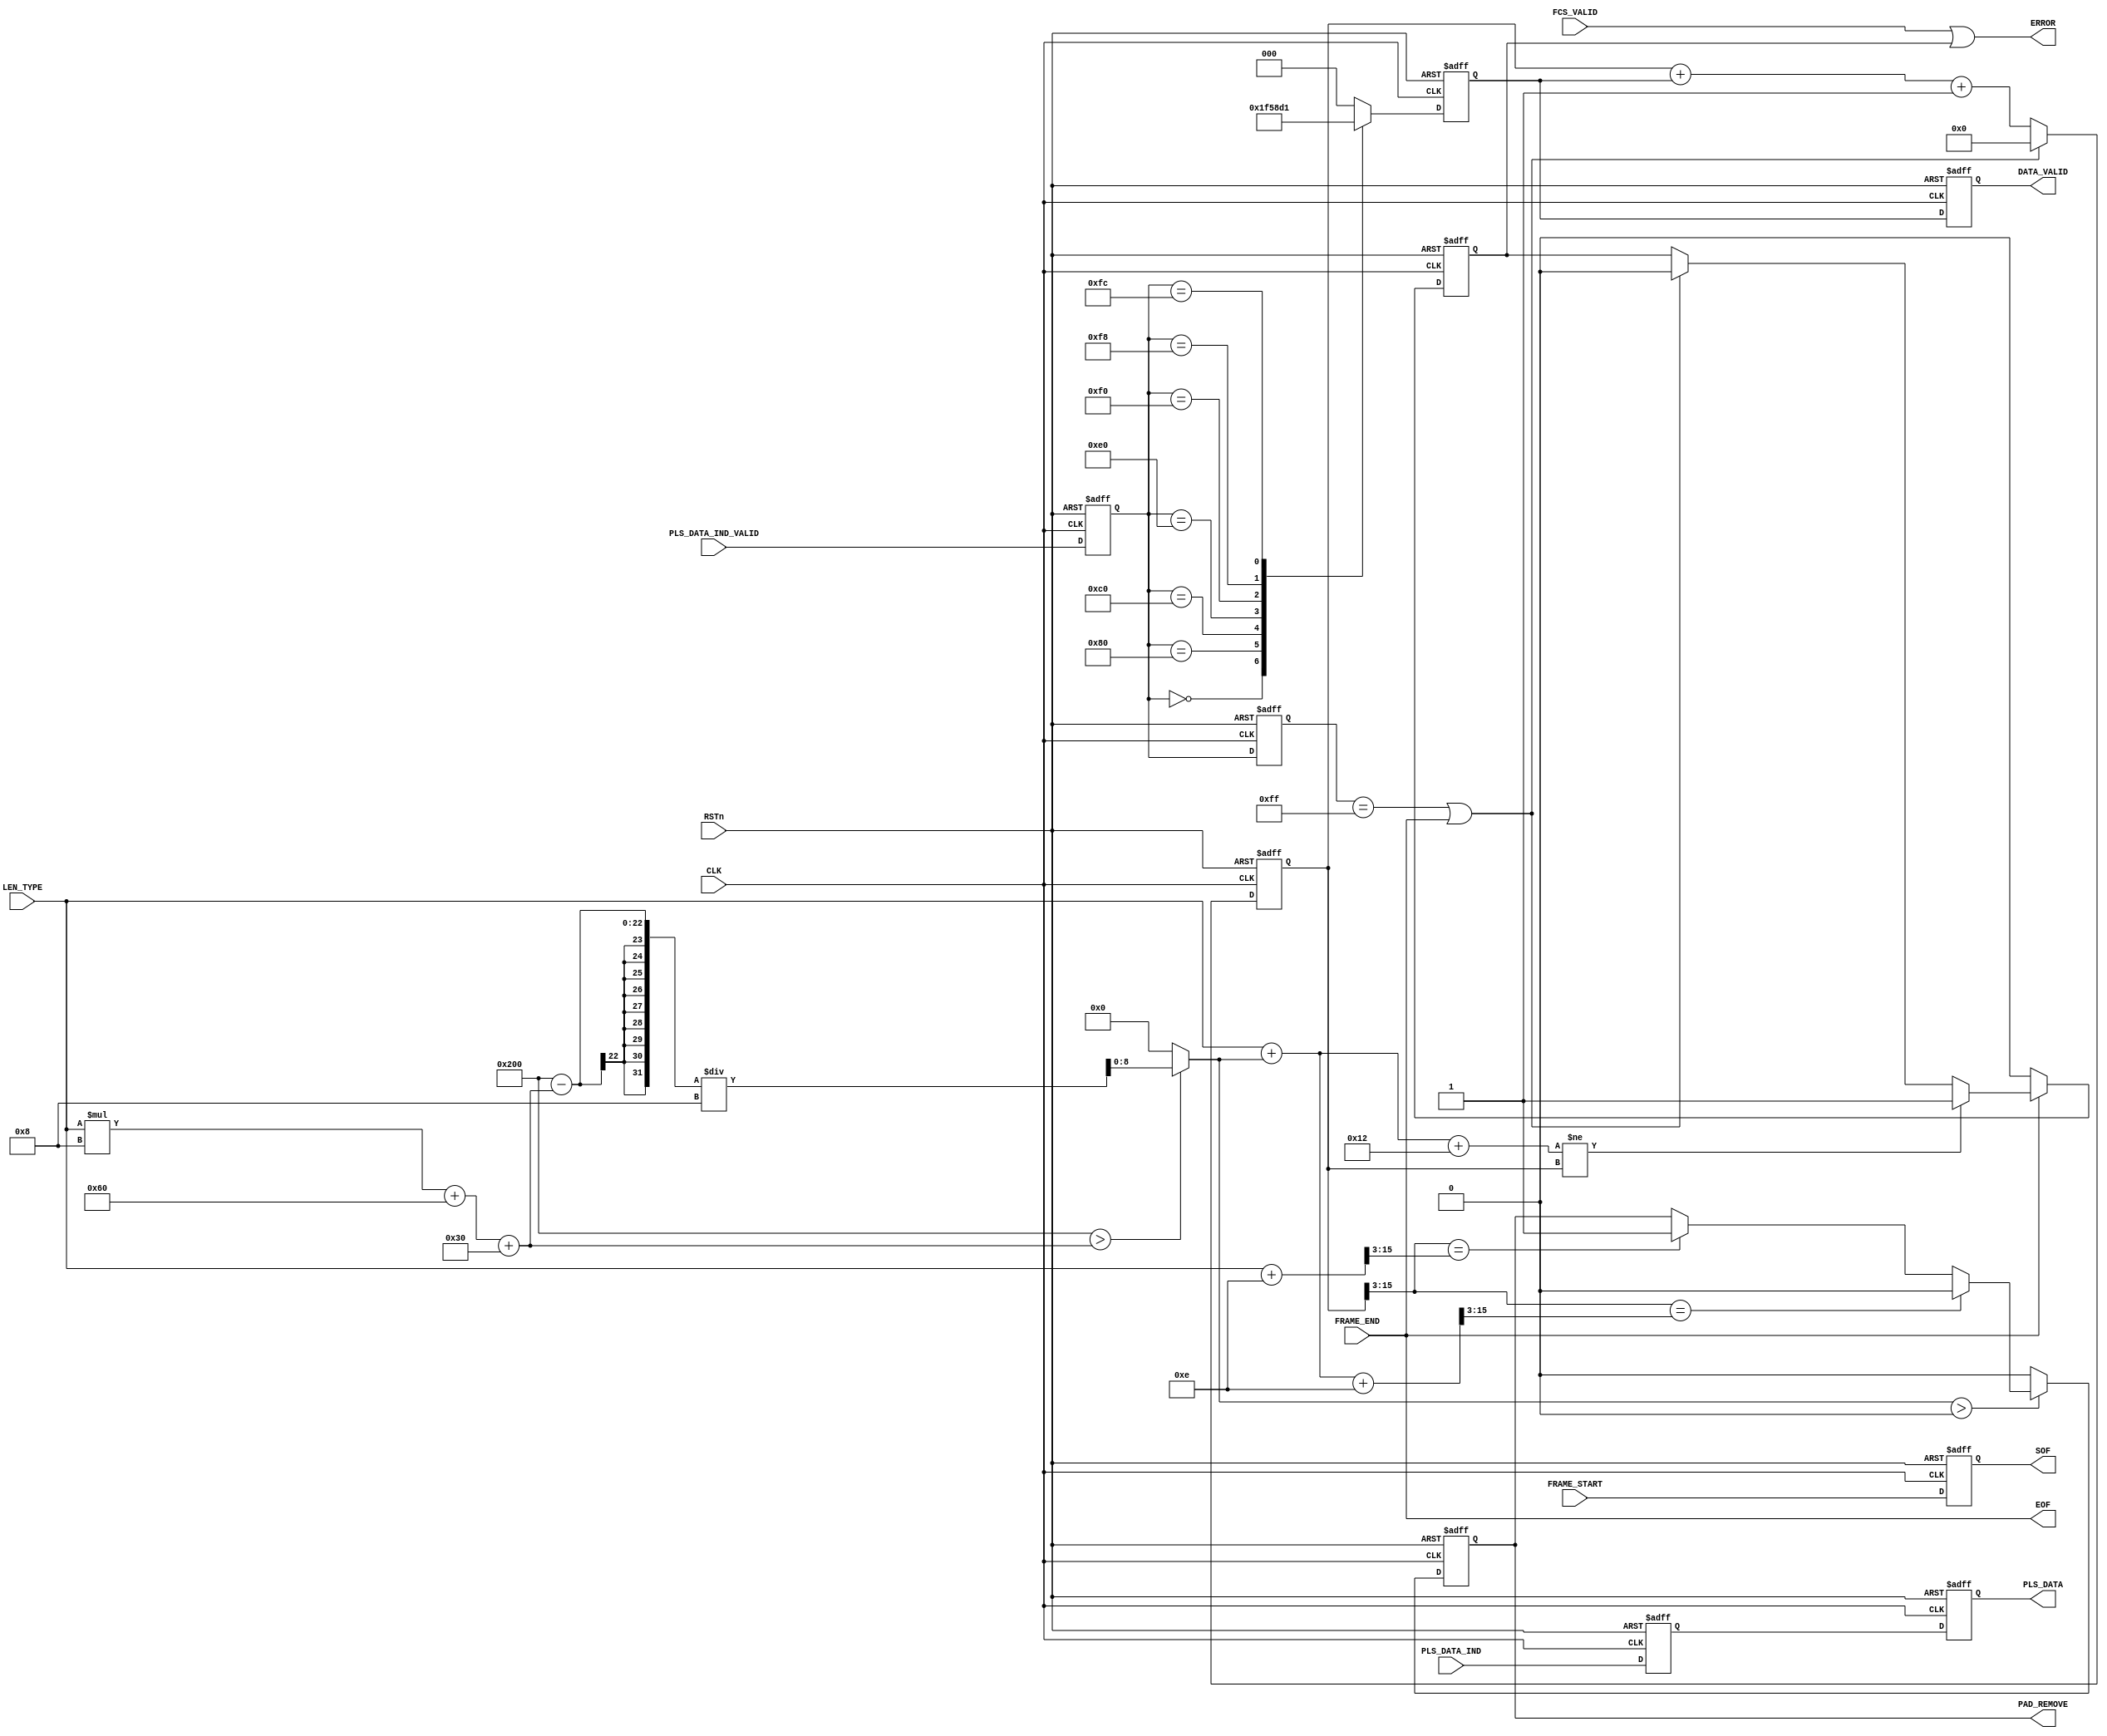
`timescale 1ns / 1ps
//////////////////////////////////////////////////////////////////////////////////
// Company: University of Moratuwa
// 
// Design Name: MAC
// Module Name: rxFrameState
// Project Name: 40G Ethernet
// Target Devices: VC709
// Tool Versions: 2016.4
// Description: 
// 
// Dependencies: 
// 
// Revision:
// Revision 0.01 - File Created
// Additional Comments:
// 
//////////////////////////////////////////////////////////////////////////////////


module rxFrameState #(
    parameter MIN_FRAME_SIZE = 512,
    parameter ADDRESS_SIZE = 48)(
    input CLK,
    input RSTn,
    input [15:0] LEN_TYPE,
    input [63:0] PLS_DATA_IND,
    input [7:0] PLS_DATA_IND_VALID,
    input FCS_VALID,
    input FRAME_START,
    input FRAME_END,
    output [63:0] PLS_DATA,
    output ERROR,
    output [2:0] DATA_VALID,
    output SOF,
    output EOF,
    output PAD_REMOVE
    );
    
    reg [2:0]data_valid;
    reg [15:0]byte_count;
    wire [8:0]pad_size;
    reg len_typ_error;
    reg sof;
    reg eof;
    reg pad_remove;
    reg [63:0]pls_data_pipe_01;
    reg [63:0]pls_data_pipe_02;
    reg [2:0]data_valid_encode;
    reg [7:0]pls_data_ind_valid_pipe_01;
    reg [7:0]pls_data_ind_valid_pipe_02;
    
    //****
    wire [15:0] frame_size;
    wire [15:0] pad_start_size;
    wire [15:0] pad_end_size;
    //****
    
    initial
    begin
        data_valid <= 3'd7;
        byte_count <= 16'd0;
//        pad_size <= 9'd0;
        len_typ_error <= 0;
        sof <= 0;
        eof <= 0;
        pad_remove <= 0;
        pls_data_pipe_01 <= 64'hbe61_9000_be61_9000;
        pls_data_pipe_02 <= 64'hbe61_9000_be61_9000;
        pls_data_ind_valid_pipe_01 <= 8'hff;
        pls_data_ind_valid_pipe_02 <= 8'hff;
    end
    
    assign DATA_VALID = data_valid;
    assign ERROR = FCS_VALID | len_typ_error;
    assign SOF = sof;
    assign EOF = FRAME_END;
    assign PAD_REMOVE = pad_remove;
    assign PLS_DATA = pls_data_pipe_02;
    assign pad_size =  (MIN_FRAME_SIZE > (LEN_TYPE*8 + 2*ADDRESS_SIZE + 48))?(MIN_FRAME_SIZE - (LEN_TYPE*8 + 2*ADDRESS_SIZE + 48))/8:0;
    assign frame_size = LEN_TYPE + pad_size + 18;
    assign pad_start_size = LEN_TYPE + 14;
    assign pad_end_size = LEN_TYPE + pad_size + 14;
    
    always@(posedge CLK, negedge RSTn)
    begin
        if(~RSTn)
        begin
            data_valid <= 3'd0;
            data_valid_encode <= 3'd0;
            byte_count <= 16'd0;
//            pad_size <= 9'd0;
            len_typ_error <= 0;
            sof <= 0;
            eof <= 0;
            pad_remove <= 0;
            pls_data_pipe_01 <= 64'hbe61_9000_be61_9000;
            pls_data_pipe_02 <= 64'hbe61_9000_be61_9000;
            pls_data_ind_valid_pipe_01 <= 8'hff;
            pls_data_ind_valid_pipe_02 <= 8'hff;
        end
        
        else
        begin
            
            case(pls_data_ind_valid_pipe_01)
                8'b0000_0000: data_valid_encode <= 3'd7;
                8'b1000_0000: data_valid_encode <= 3'd6;
                8'b1100_0000: data_valid_encode <= 3'd5;
                8'b1110_0000: data_valid_encode <= 3'd4;
                8'b1111_0000: data_valid_encode <= 3'd3;
                8'b1111_1000: data_valid_encode <= 3'd2;
                8'b1111_1100: data_valid_encode <= 3'd1;
                8'b1111_1110: data_valid_encode <= 3'd0;
                default: data_valid_encode <= 3'd0;
            endcase
            
            data_valid <= data_valid_encode;
            
            //control signal piping
            pls_data_ind_valid_pipe_01 <= PLS_DATA_IND_VALID;
            pls_data_ind_valid_pipe_02 <= pls_data_ind_valid_pipe_01;
            
            //data pipe lining
            pls_data_pipe_01 <= PLS_DATA_IND;
            pls_data_pipe_02 <= pls_data_pipe_01;
            
            //pipe line sof and eof
            sof <= FRAME_START;
            
            eof <= FRAME_END;
            
            //pad size identification
            
            
            //pad remove
            if(pad_size > 0)
            begin
                if(byte_count[15:3] == pad_start_size[15:3])
                begin
                    pad_remove <= 1;
                end
                
                if(byte_count[15:3] == pad_end_size[15:3])
                begin
                    pad_remove <= 0;
                end
            end
            else
            begin
                pad_remove <= 0;
            end
            
            //lenght/type checking
            if(pls_data_ind_valid_pipe_02 == 8'hff | FRAME_END)
            begin
                byte_count <= 16'd0;
                len_typ_error <= 0;
            end

            else
            begin
                byte_count <= byte_count + data_valid_encode + 1;
            end
            
            if(FRAME_END)
            begin
                if(frame_size != byte_count)
                begin
                    len_typ_error <= 1;
                end
            end
            else
            begin
                len_typ_error <= 0;
            end
        end
    end 
    
    
endmodule